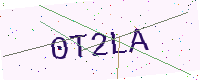
Text: 0T2LA